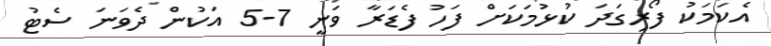
އެކަމަކު ފޯރިގަދަ ކުޅުމަކަށް ފަހު ފެޑަރާ ވަނީ 7-5 އަކުން ދެވަނަ ސެޓު